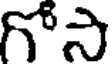
గోసి